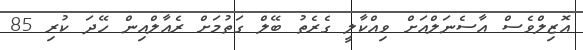
އޮޒިލްވެސް އާސެނަލްއަށް ވިއްކާލީ ގެރެތު ބޭލް ގަތުމަށް ރެއާލްއިން ހޭދަ ކުރި 85